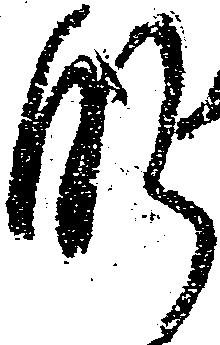
肝